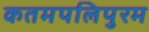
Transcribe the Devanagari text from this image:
कतमपलिपुरम